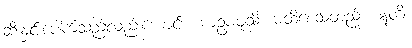
ဆီးနှင်းပေါက်သည်လည်းကောင်း။ မာဥပဖုသိ၊ မထိစေသတည်း။ ဣတိ၊